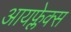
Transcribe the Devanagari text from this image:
आयफ्लेक्स